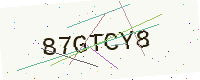
Text: 87GTCY8